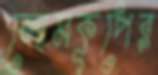
লোমকূপের